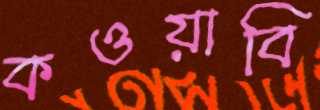
কওয়াবি